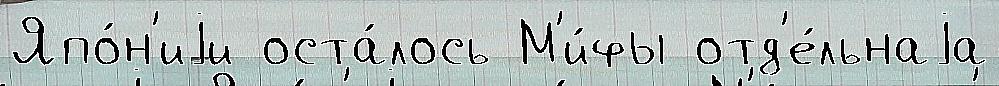
Япо́н'иjи оста́лось М'и́фы отд'е́льнаjа